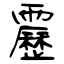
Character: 靂